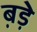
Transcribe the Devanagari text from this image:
ब़ड़े